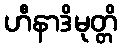
ဟီနာဒိမုတ္တိ